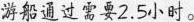
游船通过需要2.5小时。